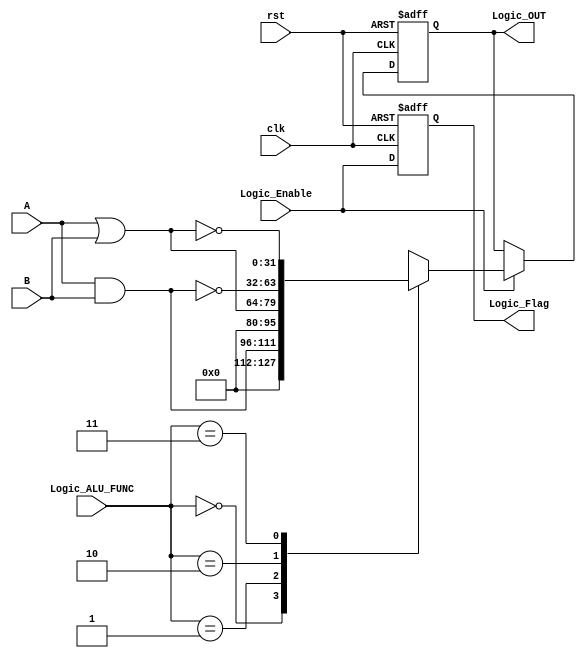
module Logic_Unit #(
    parameter A_WIDTH = 16,
    parameter B_WIDTH = 16
) (
    input clk,rst,
    input [A_WIDTH - 1 : 0] A,
    input [B_WIDTH - 1 : 0] B,
    input [1 : 0] Logic_ALU_FUNC,
    input Logic_Enable,
    output reg [A_WIDTH + B_WIDTH - 1 : 0] Logic_OUT,
    output reg Logic_Flag       
);

// Active Low Asynchronous Reset
always @(posedge clk or negedge rst) begin
    if(!rst) begin
    Logic_OUT  <= 16'b0;
    Logic_Flag <= 1'b0;
end
else begin
    // Control Logic_Flag
    Logic_Flag <= Logic_Enable;
    if(Logic_Enable) begin
        case (Logic_ALU_FUNC)
            // case 0 : AND Operator
            2'b00: Logic_OUT <=   A & B; 
            // case 1 : OR Operator
            2'b01: Logic_OUT <=   A | B;
            // case 2 : NAND Operator
            2'b10: Logic_OUT <= ~(A & B);
            // case 3 : NOR Operator
            2'b11: Logic_OUT <= ~(A | B);
            default: begin
                Logic_OUT <= 16'b0;
            end
        endcase
    end
  end
end
    
endmodule